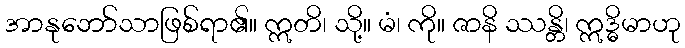
အာနုဘော်သာဖြစ်ရာ၏။ ဣတိ၊ သို့။ မံ၊ ကို။ ဇာနိ ဿန္တိ၊ ဣဒ္ဓိမာဟု